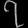
Digit: ၇